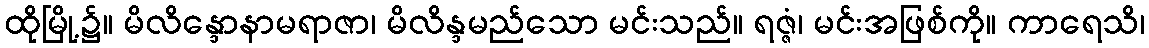
ထိုမြို့၌။ မိလိန္ဒောနာမရာဇာ၊ မိလိန္ဒမည်သော မင်းသည်။ ရဇ္ဇံ၊ မင်းအဖြစ်ကို။ ကာရေသိ၊